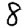
Digit: 8